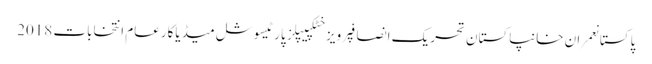
پاکستانعمران خانپاکستان تحریک انصافپرویز خٹکپیپلز پارٹیسوشل میڈیاکارعام انتخابات 2018